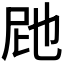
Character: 𭕗